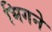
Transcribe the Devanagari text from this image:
भिगने